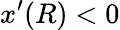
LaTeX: x^{\prime}(R)<0